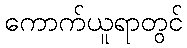
ကောက်ယူရာတွင်